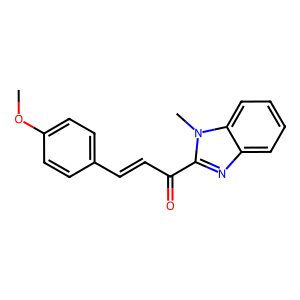
SMILES: COc1ccc(C=CC(=O)c2nc3ccccc3n2C)cc1
Inhibits HIV replication: No